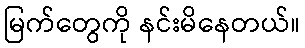
မြက်တွေကို နင်းမိနေတယ်။